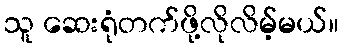
သူ ဆေးရုံတက်ဖို့လိုလိမ့်မယ်။